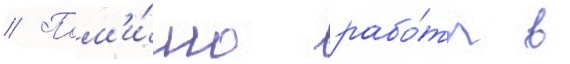
// Пом'и́мо рабо́ты в